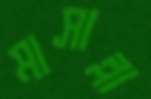
মাসাল্লা